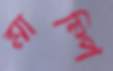
মাম্পি